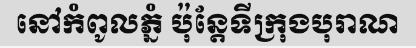
នៅកំពូលភ្នំ ប៉ុន្តែទីក្រុងបុរាណ